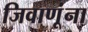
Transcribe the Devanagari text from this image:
जिवाणूंना